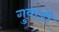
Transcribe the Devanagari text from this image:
गुवाड़ी